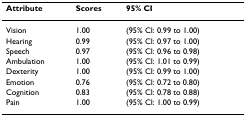
<table><thead><tr><td><b>Attribute</b></td><td><b>Scores</b></td><td><b>95% CI</b></td></tr></thead><tbody><tr><td>Vision</td><td>1.00</td><td>(95% CI: 0.99 to 1.00)</td></tr><tr><td>Hearing</td><td>0.99</td><td>(95% CI: 0.97 to 1.00)</td></tr><tr><td>Speech</td><td>0.97</td><td>(95% CI: 0.96 to 0.98)</td></tr><tr><td>Ambulation</td><td>1.00</td><td>(95% CI: 1.01 to 0.99)</td></tr><tr><td>Dexterity</td><td>1.00</td><td>(95% CI: 0.99 to 1.00)</td></tr><tr><td>Emotion</td><td>0.76</td><td>(95% CI: 0.72 to 0.80)</td></tr><tr><td>Cognition</td><td>0.83</td><td>(95% CI: 0.78 to 0.88)</td></tr><tr><td>Pain</td><td>1.00</td><td>(95% CI: 1.00 to 0.99)</td></tr></tbody></table>